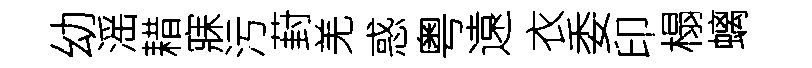
幼滛耤寐污葑羌惑粤遠衣委印榻螭